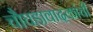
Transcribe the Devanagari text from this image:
चौघडावादकांची